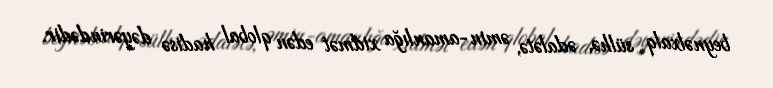
beynəlxalq sülhə, ədalətə, əmin-amanlığa xidmət edən qlobal hadisə dəyərindədir.